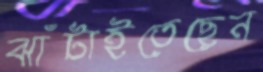
ঝাঁটাইতেছেন